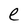
Character: e